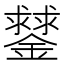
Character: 䥭